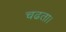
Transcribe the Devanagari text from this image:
चढता।